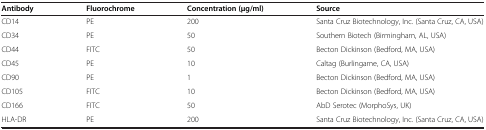
<table><thead><tr><td><b>Antibody</b></td><td><b>Fluorochrome</b></td><td><b>Concentration (μg/ml)</b></td><td><b>Source</b></td></tr></thead><tbody><tr><td>CD14</td><td>PE</td><td>200</td><td>Santa Cruz Biotechnology, Inc. (Santa Cruz, CA, USA)</td></tr><tr><td>CD34</td><td>PE</td><td>50</td><td>Southern Biotech (Birmingham, AL, USA)</td></tr><tr><td>CD44</td><td>FITC</td><td>50</td><td>Becton Dickinson (Bedford, MA, USA)</td></tr><tr><td>CD45</td><td>PE</td><td>10</td><td>Caltag (Burlingame, CA, USA)</td></tr><tr><td>CD90</td><td>PE</td><td>1</td><td>Becton Dickinson (Bedford, MA, USA)</td></tr><tr><td>CD105</td><td>FITC</td><td>10</td><td>Becton Dickinson (Bedford, MA, USA)</td></tr><tr><td>CD166</td><td>FITC</td><td>50</td><td>AbD Serotec (MorphoSys, UK)</td></tr><tr><td>HLA-DR</td><td>PE</td><td>200</td><td>Santa Cruz Biotechnology, Inc. (Santa Cruz, CA, USA)</td></tr></tbody></table>